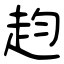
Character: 赹